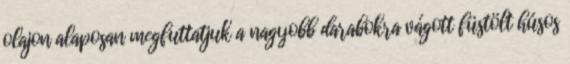
olajon alaposan megfuttatjuk a nagyobb darabokra vágott füstölt húsos